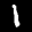
Label: 1